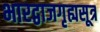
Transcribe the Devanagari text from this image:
भारद्वाजगृह्यसूत्र